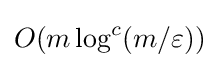
O(m\log ^{c}(m/\varepsilon ))